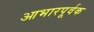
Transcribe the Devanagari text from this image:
आभारपूर्वक